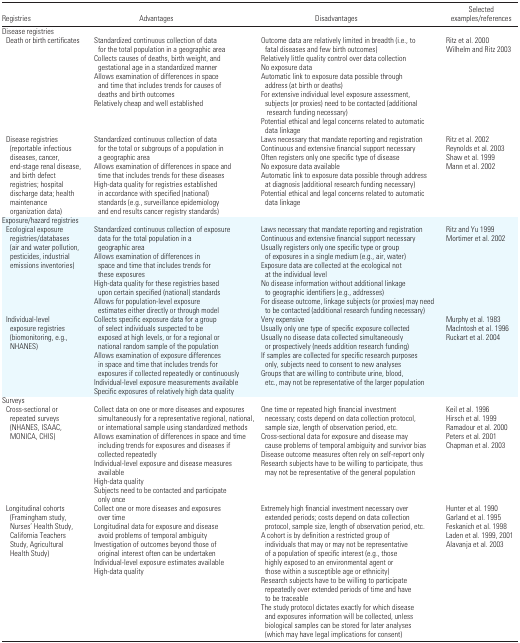
<table><thead><tr><td><b>Registries</b></td><td><b>Advantages</b></td><td><b>Disadvantages</b></td><td><b>Selected examples/references</b></td></tr></thead><tbody><tr><td colspan="4">Disease registries</td></tr><tr><td> Death or birth certificates</td><td>Standardized continuous collection of data for the total population in a geographic areaCollects causes of deaths, birth weight, and gestational age in a standardized mannerAllows examination of differences in space and time that includes trends for causes of deaths and birth outcomesRelatively cheap and well established</td><td>Outcome data are relatively limited in breadth (i.e., to fatal diseases and few birth outcomes) Relatively little quality control over data collectionNo exposure dataAutomatic link to exposure data possible through address (at birth or deaths) For extensive individual level exposure assessment, subjects (or proxies) need to be contacted (additional research funding necessary) Potential ethical and legal concerns related to automatic data linkage</td><td>Ritz et al. 2000Wilhelm and Ritz 2003</td></tr><tr><td> Disease registries (reportable infectious diseases, cancer, end-stage renal disease, and birth defect registries; hospital discharge data; health maintenance organization data)</td><td>Standardized continuous collection of data for the total or subgroups of a population in a geographic areaAllows examination of differences in space and time that includes trends for these diseasesHigh-data quality for registries established in accordance with specified (national) standards (e.g., surveillance epidemiology and end results cancer registry standards)</td><td>Laws necessary that mandate reporting and registrationContinuous and extensive financial support necessaryOften registers only one specific type of diseaseNo exposure data availableAutomatic link to exposure data possible through address at diagnosis (additional research funding necessary) Potential ethical and legal concerns related to automatic data linkage</td><td>Ritz et al. 2002Reynolds et al. 2003Shaw et al. 1999Mann et al. 2002</td></tr><tr><td colspan="4">Exposure/hazard registries</td></tr><tr><td> Ecological exposure registries/databases (air and water pollution, pesticides, industrial emissions inventories)</td><td>Standardized continuous collection of exposure data for the total population in a geographic areaAllows examination of differences in space and time that includes trends for these exposuresHigh-data quality for these registries based upon certain specified (national) standardsAllows for population-level exposure estimates either directly or through model</td><td>Laws necessary that mandate reporting and registrationContinuous and extensive financial support necessaryUsually registers only one specific type or group of exposures in a single medium (e.g., air, water) Exposure data are collected at the ecological not at the individual levelNo disease information without additional linkage to geographic identifiers (e.g., addresses) For disease outcome, linkage subjects (or proxies) may need to be contacted (additional research funding necessary)</td><td>Ritz and Yu 1999Mortimer et al. 2002</td></tr><tr><td> Individual-level exposure registries (biomonitoring, e.g., NHANES)</td><td>Collects specific exposure data for a group of select individuals suspected to be exposed at high levels, or for a regional or national random sample of the populationAllows examination of exposure differences in space and time that includes trends for exposures if collected repeatedly or continuouslyIndividual-level exposure measurements availableSpecific exposures of relatively high data quality</td><td>Very expensiveUsually only one type of specific exposure collectedUsually no disease data collected simultaneously or prospectively (needs addition research funding) If samples are collected for specific research purposes only, subjects need to consent to new analysesGroups that are willing to contribute urine, blood, etc., may not be representative of the larger population</td><td>Murphy et al. 1983MacIntosh et al. 1996Ruckart et al. 2004</td></tr><tr><td colspan="4">Surveys</td></tr><tr><td> Cross-sectional or repeated surveys (NHANES, ISAAC, MONICA, CHIS)</td><td>Collect data on one or more diseases and exposures simultaneously for a representative regional, national, or international sample using standardized methodsAllows examination of differences in space and time including trends for exposures and diseases if collected repeatedlyIndividual-level exposure and disease measures availableHigh-data qualitySubjects need to be contacted and participate only once</td><td>One time or repeated high financial investment necessary; costs depend on data collection protocol, sample size, length of observation period, etc.Cross-sectional data for exposure and disease may cause problems of temporal ambiguity and survivor biasDisease outcome measures often rely on self-report onlyResearch subjects have to be willing to participate, thus may not be representative of the general population</td><td>Keil et al. 1996Hirsch et al. 1999Ramadour et al. 2000Peters et al. 2001Chapman et al. 2003</td></tr><tr><td> Longitudinal cohorts (Framingham study, Nurses’ Health Study, California Teachers Study, Agricultural Health Study)</td><td>Collect one or more diseases and exposures over timeLongitudinal data for exposure and disease avoid problems of temporal ambiguityInvestigation of outcomes beyond those of original interest often can be undertakenIndividual-level exposure estimates availableHigh-data quality</td><td>Extremely high financial investment necessary over extended periods; costs depend on data collection protocol, sample size, length of observation period, etc. A cohort is by definition a restricted group of individuals that may or may not be representative of a population of specific interest (e.g., those highly exposed to an environmental agent or those within a susceptible age or ethnicity) Research subjects have to be willing to participate repeatedly over extended periods of time and have to be traceableThe study protocol dictates exactly for which disease and exposures information will be collected, unless biological samples can be stored for later analyses (which may have legal implications for consent)</td><td>Hunter et al. 1990Garland et al. 1995Feskanich et al. 1998Laden et al. 1999, 2001Alavanja et al. 2003</td></tr></tbody></table>